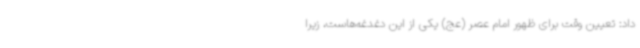
داد: تعیین وقت برای ظهور امام عصر (عج) یکی از این دغدغه‌هاست، زیرا